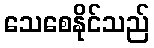
သေစေနိုင်သည်